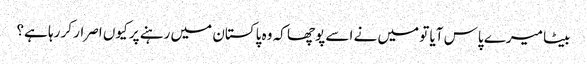
بیٹا میرے پاس آیا تو میں نے اسے پوچھا کہ وہ پاکستان میں رہنے پر کیوں اصرار کر رہا ہے؟